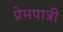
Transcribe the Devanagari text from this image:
प्रेमपात्री